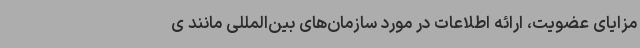
مزایای عضویت، ارائه اطلاعات در مورد سازمان‌های بین‌المللی مانند ی